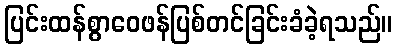
ပြင်းထန်စွာဝေဖန်ပြစ်တင်ခြင်းခံခဲ့ရသည်။